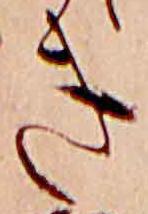
き